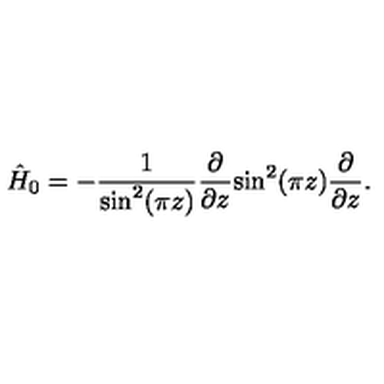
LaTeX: \hat { H } _ { 0 } = - \frac { 1 } { \mathrm { s i n } ^ { 2 } ( \pi z ) } \frac { \partial } { \partial z } \mathrm { s i n } ^ { 2 } ( \pi z ) \frac { \partial } { \partial z } .